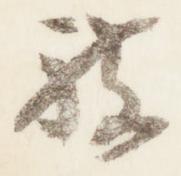
被